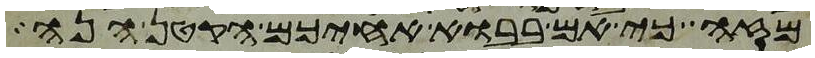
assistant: מזה כי אם בבוא אחיכם הקטן הנה